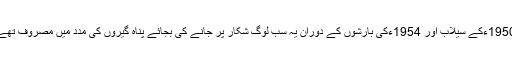
1950ءکے سیلاب اور 1954ءکی بارشوں کے دوران یہ سب لوگ شکار پر جانے کی بجائے پناہ گیروں کی مدد میں مصروف تھے۔